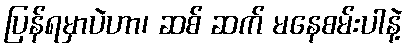
ပြန်ရမှာပဲဟာ၊ ဆစ် ဆက် မနေစမ်းပါနဲ့